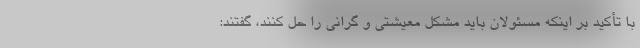
با تأکید بر اینکه مسئولان باید مشکل معیشتی و گرانی را حل کنند، گفتند: